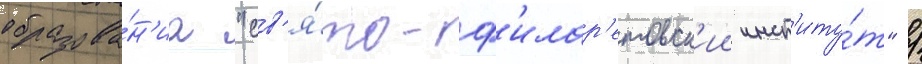
образова́н'иа "св'я́то-ф'илар'етовск'ии инст'иту́т" /